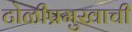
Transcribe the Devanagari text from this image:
टोळीप्रमुखाची